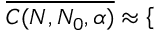
\overline { { C ( N , N _ { 0 } , \alpha ) } } \approx \left\{ \begin{array} { r l } \end{array} \right.